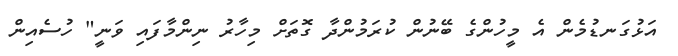
އަޅުގަނޑުމެން އެ މީހުންގެ ބޭނުން ކުރަމުންދާ ގޮތަށް މިހާރު ނިންމާފައި ވަނީ" ހުސެއިން